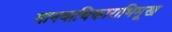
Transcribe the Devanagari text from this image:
मानवाधिकाराभिमूख